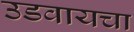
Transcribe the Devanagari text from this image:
उडवायचा